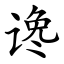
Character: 谗